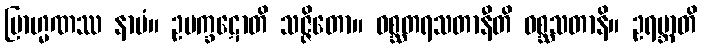
ဗြာဟ္မဏဿ နာမံ။ ဥပက္ခဋောတိ သဇ္ဇိတော။ ဝစ္ဆတရသတာနီတိ ဝစ္ဆသတာနိ။ ဥရဗ္ဘာတိ